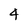
Character: 4